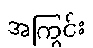
အကြွင်း